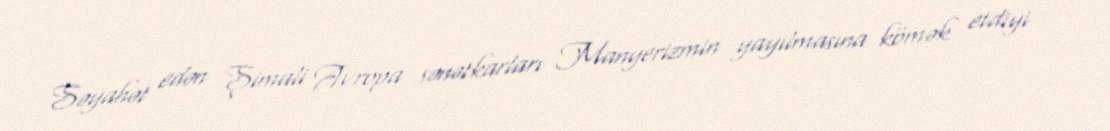
Səyahət edən Şimali Avropa sənətkarları Manyerizmin yayılmasına kömək etdiyi